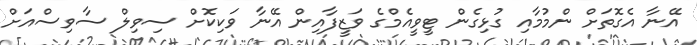
އޭނާ އެގޮތަށް ންމުމާއި ގުޅިގެން ޓީވީއެމްގެ ވަޒީފާއިން އޭނާ ވަކިކޮށް ސިވިލް ސާވިސްއަށް